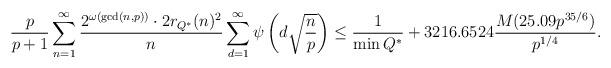
LaTeX: \begin{align*} \dfrac{p}{p+1} \displaystyle\sum_{n=1}^\infty \dfrac{2^{\omega(\gcd(n,p))} \cdot 2r_{Q^\ast}(n)^2}{n} \displaystyle\sum_{d=1}^\infty \psi \left( d\sqrt{\dfrac{n}{p}} \right) \leq \frac{1}{\min Q^{*}} + 3216.6524 \frac{M(25.09p^{35/6})}{p^{1/4}}.\end{align*}